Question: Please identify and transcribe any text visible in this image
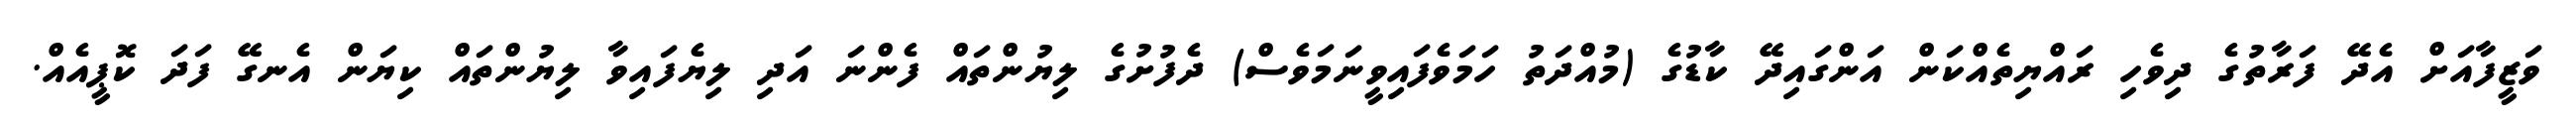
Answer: ވަޒީފާއަށް އެދޭ ފަރާތުގެ ދިވެހި ރައްޔިތެއްކަން އަންގައިދޭ ކާޑުގެ (މުއްދަތު ހަމަވެފައިވީނަމަވެސް) ދެފުށުގެ ލިޔުންތައް ފެންނަ އަދި ލިޔެފައިވާ ލިޔުންތައް ކިޔަން އެނގޭ ފަދަ ކޮޕީއެއް.